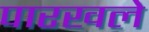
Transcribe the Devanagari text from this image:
पारखले